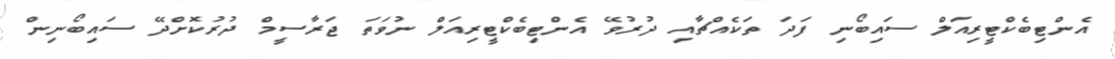
އެންޓިބެކްޓީރިއަލް ސައިބޯނި ފަދަ ތަކެއްޗާއި ދުރުވޭ އެންޓިބެކްޓީރިއަލް ނުވަތަ ޖަރާސީމް ދުރުކޮށްދޭ ސައިބޯނިން